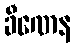
ခီဏေန